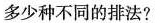
多少种不同的排法?